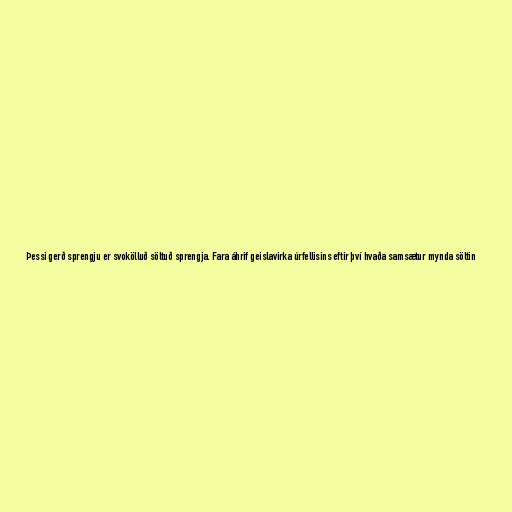
Þessi gerð sprengju er svokölluð söltuð sprengja. Fara áhrif geislavirka úrfellisins eftir því hvaða samsætur mynda söltin